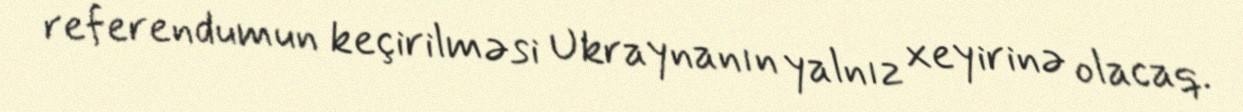
referendumun keçirilməsi Ukraynanın yalnız xeyirinə olacaq.